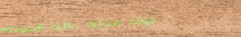
أدوات منزلية عالية الجودة